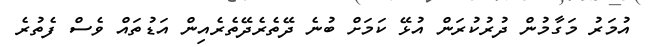
އުމަރު މަގާމުން ދުރުކުރަން އުޅޭ ކަމަށް ބުނެ ދޭތެރެދޭތެރެއިން އަޑުތައް ވެސް ފެތުރެ